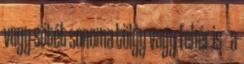
vagy sötét sonoma tölgy vagy fehér is - a